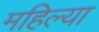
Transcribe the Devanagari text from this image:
महिल्या